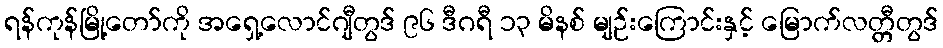
ရန်ကုန်မြို့တော်ကို အရှေ့လောင်ဂျီတွဒ် ၉၆ ဒီဂရီ ၁၃ မိနစ် မျဉ်းကြောင်းနှင့် မြောက်လတ္တီတွဒ်